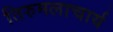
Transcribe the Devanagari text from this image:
तिरुमलाचार्य